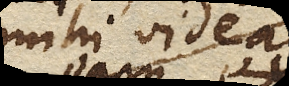
mihi videari